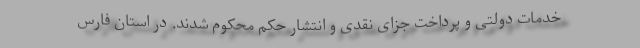
خدمات دولتی و پرداخت جزای نقدی و انتشار حکم محکوم شدند. در استان فارس